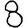
Digit: 8